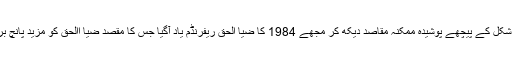
البتہ اس مسودے کی ظاہری شکل کے پیچھے پوشیدہ ممکنہ مقاصد دیکھ کر مجھے 1984 کا ضیا الحق ریفرنڈم یاد آگیا جس کا مقصد ضیا االحق کو مزید پانچ برس کے لیے صدر بنوانا تھا۔